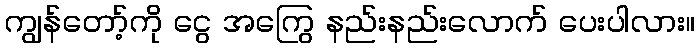
ကျွန်တော့်ကို ငွေ အကြွေ နည်းနည်းလောက် ပေးပါလား။